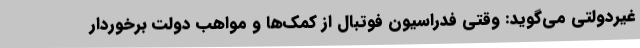
غیردولتی می‌گوید: وقتی فدراسیون فوتبال از کمک‌ها و مواهب دولت برخوردار